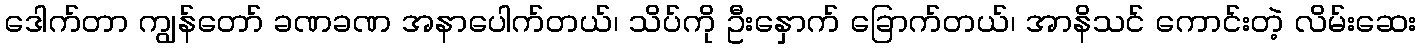
ဒေါက်တာ ကျွန်တော် ခဏခဏ အနာပေါက်တယ်၊ သိပ်ကို ဦးနှောက် ခြောက်တယ်၊ အာနိသင် ကောင်းတဲ့ လိမ်းဆေး